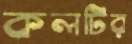
কলটির